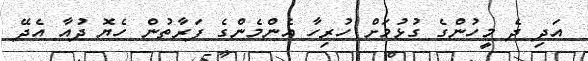
އަދި ދެ މީހުންގެ ގުޅުމަށް ހުރިހާ އެންމެންގެ ފަރާތުން ހެޔޮ ދުއާ އެދޭ